Report of the Bombay Veterinary College
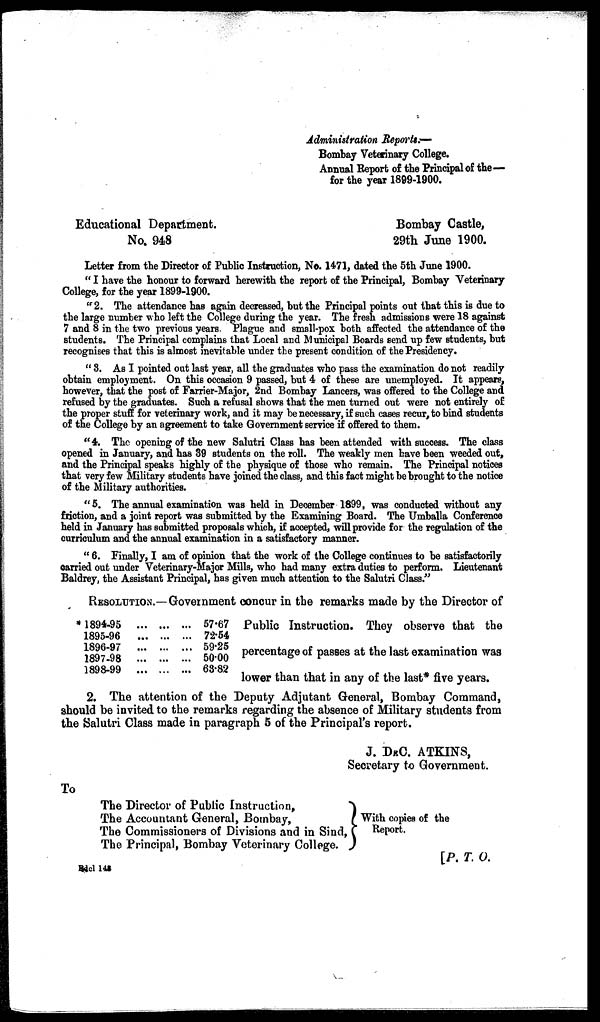
Administration Reports.—
Bombay Veterinary College.
Annual Report of the Principal of the—
for the year 1899-1900.
Educational Department.
Bombay Castle,
No. 948
29th June 1900.
Letter from the Director of Public Instruction, No. 1471, dated the 5th June 1900.
" I have the honour to forward herewith the report of the Principal, Bombay Veterinary
College, for the year 1899-1900.
"2. The attendance has again decreased, but the Principal points out that this is due to
the large number who left the College during the year. The fresh admissions were 18 against
7 and 8 in the two previous years. Plague and small-pox both affected the attendance of the
students. The Principal complains that Local and Municipal Boards send up few students, but
recognises that this is almost inevitable under the present condition of the Presidency.
" 3. As I pointed out last year, all the graduates who pass the examination do not readily
obtain employment. On this occasion 9 passed, but 4 of these are unemployed. It appears,
however, that the post of Farrier-Major, 2nd Bombay Lancers, was offered to the College and
refused by the graduates. Such a refusal shows that the men turned out were not entirely of
the proper stuff for veterinary work, and it may be necessary, if such cases recur, to bind students
of the College by an agreement to take Government service if offered to them.
"4. The opening of the new Salutri Class has been attended with success. The class
opened in January, and has 89 students on the roll. The weakly men have been weeded out,
and the Principal speaks highly of the physique of those who remain. The Principal notices
that very few Military students have joined the class, and this fact might be brought to the notice
of the Military authorities.
" 5. The annual examination was held in December 1899, was conducted without any
friction, and a joint report was submitted by the Examining Board. The Umballa Conference
held in January has submitted proposals which, if accepted, will provide for the regulation of the
curriculum and the annual examination in a satisfactory manner.
" 6. Finally, I am of opinion that the work of the College continues to be satisfactorily
carried out under Veterinary-Major Mills, who had many extra duties to perform. Lieutenant
Baldrey, the Assistant Principal, has given much attention to the Salutri Class."
RESOLUTION.—Government concur in the remarks made by the Director of
* 1894-95
1895-96
1896-97
1897-98
1898-99
... ...
.... ...
... ...
... ...
...
...
... 57.67
... 72.54
... 59.25
... 50.00
... 63.82
Public Instruction. They observe t
percentage of passes at the last exa
lower than that in any of the last* five years.
2. The attention of the Deputy Adjutant General, Bombay Command,
should be invited to the remarks regarding the absence of Military students from
the Salutri Class made in paragraph 5 of the Principal's report.
J. DRC. ATKINS,
Secretary to Government.
To
The Director of Public Instruction,
The Accountant General, Bombay,
The Commissioners of Divisions and in Sind,
The Principal, Bombay Veterinary College.
With copies of the
Report.
[P. T. O.
Bdcl 143